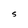
Character: S